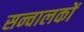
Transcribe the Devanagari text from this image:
सन्चालकों